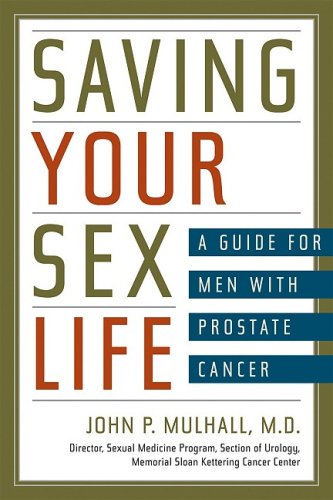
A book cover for Saving Your Sex Life: A Guide for Men with Prostate Cancer; John P Mulhall; Health, Fitness & Dieting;